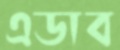
এডাব